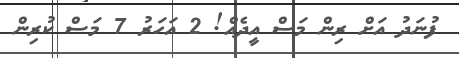
ފުނަދު އަށް ރިން މަސް އީދެއް! 2 އަހަރު 7 މަސް ކުރިން